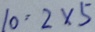
1 0 : 2 \times 5